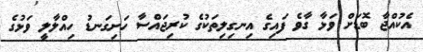
އެކުއްޖާ ބޮޑަށް ވަޅާ ގާވެ ފައިގެ އިނގިލިތަކުގެ ކުރިޖައްސާ ހަށިގަނޑު ހިއްލާލީ ވަޅުގެ